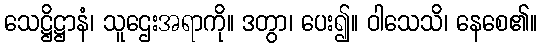
သေဋ္ဌိဋ္ဌာနံ၊ သူဌေးအရာကို။ ဒတွာ၊ ပေး၍။ ဝါသေသိ၊ နေစေ၏။